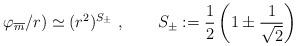
LaTeX: \begin{align*}\varphi_{\overline{m}} /r) \simeq (r^2)^{S_\pm}\ , \qquad S_\pm : = \frac{1}{2} \left( 1 \pm \frac{1}{\sqrt{2}} \right)\end{align*}